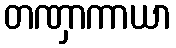
တဏှာကာယာ